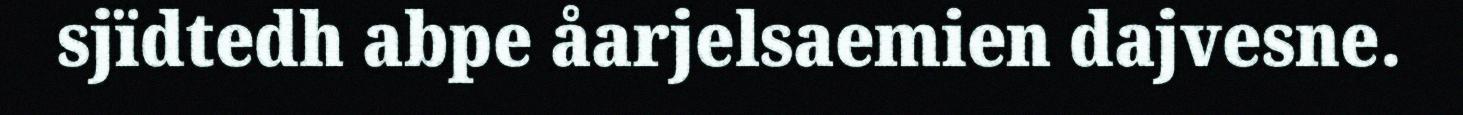
sjïdtedh abpe åarjelsaemien dajvesne.